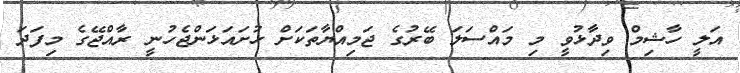
އަލީ ހާޝިމް ވިދާޅުވީ މި މައްސަލަ ބޭރުގެ ޖަމިއްޔާތަކަށް ހުށައަޅަންޖެހުނީ ރާއްޖޭގެ މިފަދަ